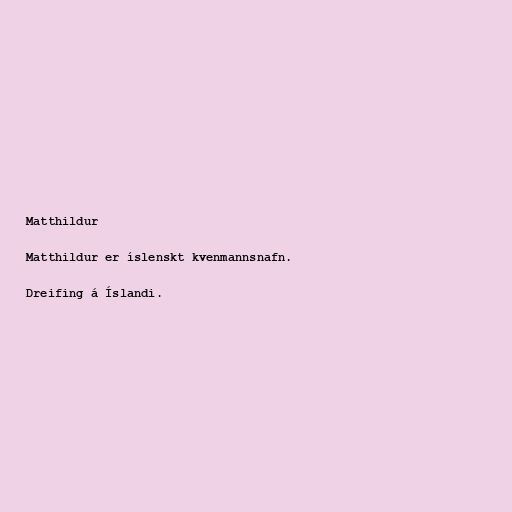
Matthildur

Matthildur er íslenskt kvenmannsnafn.

Dreifing á Íslandi.